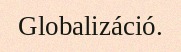
Globalizáció.